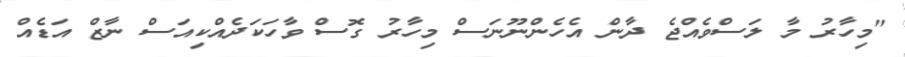
"މިހާރު މާ ލަސްވެއްޖެ ދާން އެހެންނޫނަސް މިހާރު ގޮސް ވާހަކަދެއްކިއަސް ނާޒް އަޑެއް